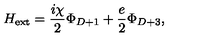
H _ { \mathrm { e x t } } = \frac { i \chi } { 2 } \Phi _ { D + 1 } + \frac { e } { 2 } \Phi _ { D + 3 } ,